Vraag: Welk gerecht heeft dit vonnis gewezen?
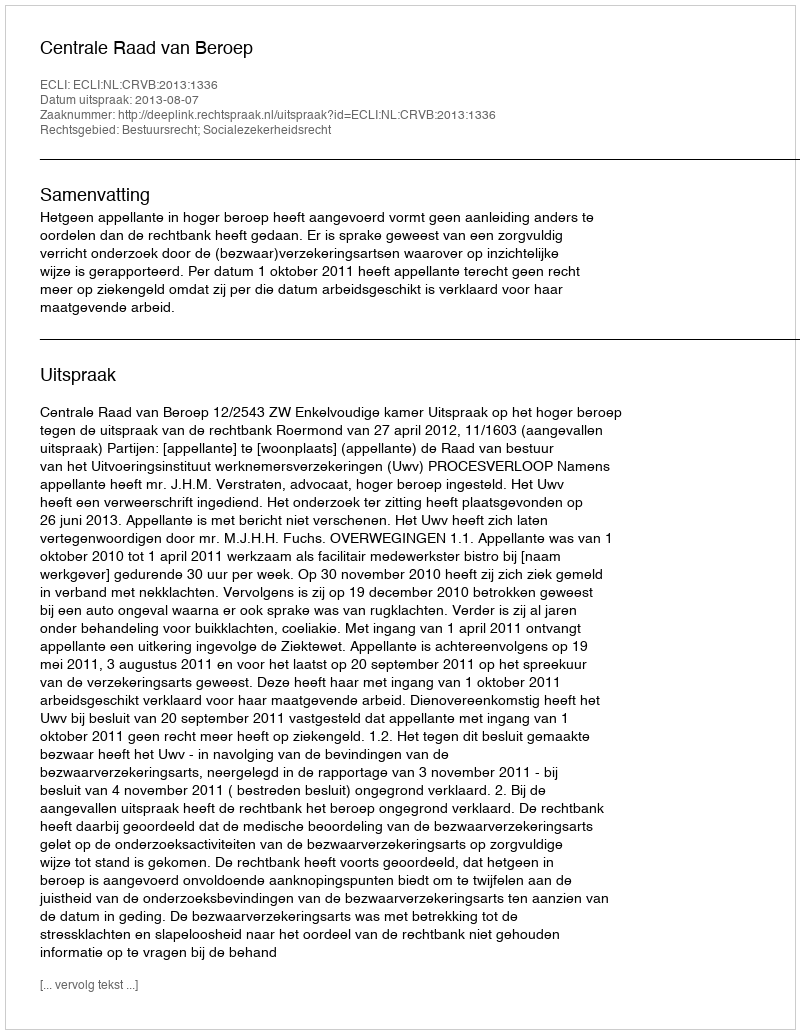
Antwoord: Centrale Raad van Beroep